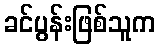
ခင်ပွန်းဖြစ်သူက